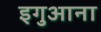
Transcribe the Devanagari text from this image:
इगुआना